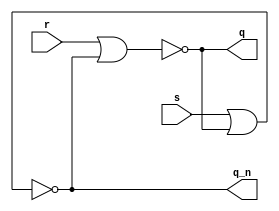
module ex3
	(
		input s,
		input r,
		output q,
		output q_n
	);
	assign q = ~ ( r | q_n ) ;
	assign q_n = ~ ( s | q ) ;
endmodule

module ex4
(
	input clk,
	input d,
	output q,
	output q_n
);
	wire r = ~d & clk;
	wire s = d & clk ;
	ex3 ex3(s, r, q, q_n) ;
endmodule